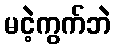
မငဲ့ကွက်ဘဲ